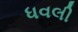
ધવલી